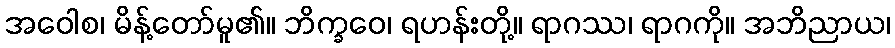
အဝေါစ၊ မိန့်တော်မူ၏။ ဘိက္ခဝေ၊ ရဟန်းတို့။ ရာဂဿ၊ ရာဂကို။ အဘိညာယ၊